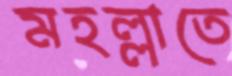
মহল্লাতে